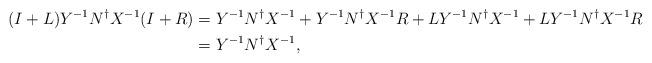
LaTeX: \begin{align*}(I+L)Y^{-1}N^{\dagger}X^{-1}(I+R)&=Y^{-1}N^{\dagger}X^{-1}+Y^{-1}N^{\dagger}X^{-1}R+LY^{-1}N^{\dagger}X^{-1}+LY^{-1}N^{\dagger}X^{-1}R\\&=Y^{-1}N^{\dagger}X^{-1},\end{align*}